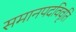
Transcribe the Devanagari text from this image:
समानपदविवृति